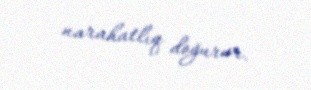
narahatlıq doğurur.